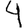
Digit: 4